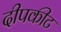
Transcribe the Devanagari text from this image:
दीपकीट